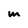
Character: m